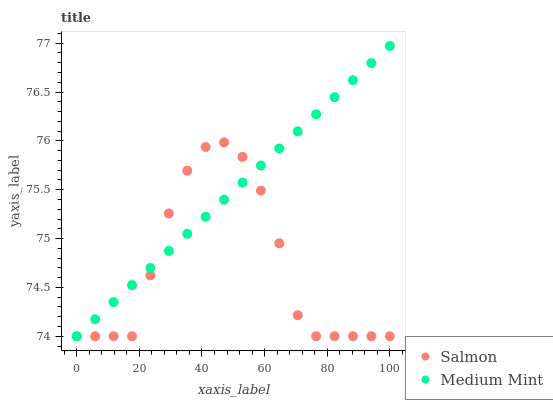
| xaxis_label | Salmon | Medium Mint |
 | --- | --- | --- |
 | 0 | 74 | 74 |
 | 5.88 | 74 | 74.2 |
 | 11.8 | 74 | 74.3 |
 | 17.6 | 74 | 74.5 |
 | 23.5 | 74.6 | 74.7 |
 | 29.4 | 75.3 | 74.9 |
 | 35.3 | 75.7 | 75 |
 | 41.2 | 75.9 | 75.2 |
 | 47.1 | 76 | 75.4 |
 | 52.9 | 75.8 | 75.6 |
 | 58.8 | 75.5 | 75.7 |
 | 64.7 | 75 | 75.9 |
 | 70.6 | 74.2 | 76.1 |
 | 76.5 | 74 | 76.3 |
 | 82.4 | 74 | 76.4 |
 | 88.2 | 74 | 76.6 |
 | 94.1 | 74 | 76.8 |
 | 100 | 74 | 77 |